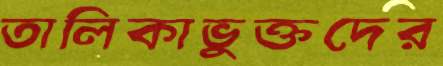
তালিকাভুক্তদের